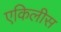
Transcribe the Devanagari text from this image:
एकिलीस